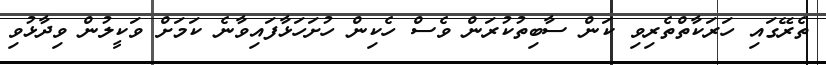
ތެރޭގައި ހަރަކާތްތެރިވި ކަން ސާބިތުކުރަން ވެސް ހެކިން ހުށަހަޅާފައިވާނެ ކަމަށް ވަކީލުން ވިދާޅުވި